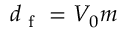
d _ { \mathrm { ~ f ~ } } = V _ { 0 } m